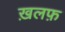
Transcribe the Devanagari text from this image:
ख़लफ़